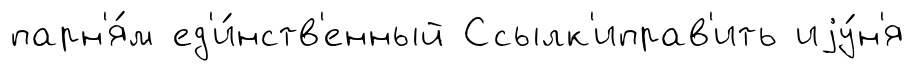
парн'я́м ед'и́нств'енный Ссылк'иправ'ить иjу́н'я